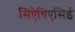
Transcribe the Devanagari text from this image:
सिऐथिएसिई